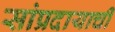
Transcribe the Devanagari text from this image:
सांप्रदायाची